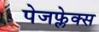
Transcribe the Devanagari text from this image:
पेजफ्लेक्स